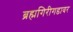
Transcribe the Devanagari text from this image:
ब्रह्मगिरीगडावर